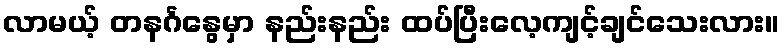
လာမယ့် တနင်္ဂနွေမှာ နည်းနည်း ထပ်ပြီးလေ့ကျင့်ချင်သေးလား။